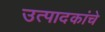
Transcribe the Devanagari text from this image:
उत्पादकांचे